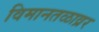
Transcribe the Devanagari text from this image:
विमानतळाव्रर